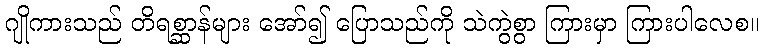
ဂျိုကားသည် တိရစ္ဆာန်များ အော်၍ ပြောသည်ကို သဲကွဲစွာ ကြားမှာ ကြားပါလေစ။